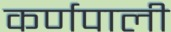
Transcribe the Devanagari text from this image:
कर्णपाली